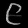
Digit: ၉